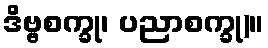
ဒိဗ္ဗစက္ခု၊ ပညာစက္ခု)။